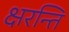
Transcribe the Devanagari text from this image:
क्षरन्ति